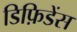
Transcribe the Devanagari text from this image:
डिफ़िडेंस